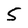
Character: 5